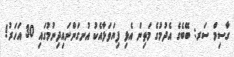
ގާސިމް ސަރ: ބޭބެގެ އެދުމުގެ މަތިން އެޅި ފިޔަވަޅާއެކު އުނގަންނައިދިނުމުގައި 30 އަހަރު!